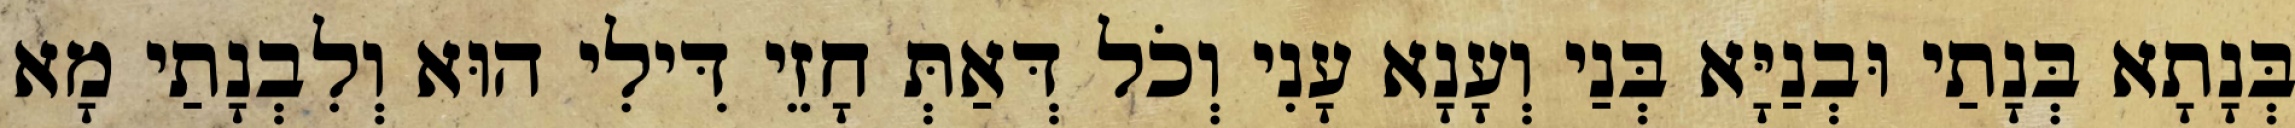
בְּנָתָא בְּנָתַי וּבְנַיָּא בְּנַי וְעָנָא עָנִי וְכֹל דְּאַתְּ חָזֵי דִּילִי הוּא וְלִבְנָתַי מָא